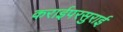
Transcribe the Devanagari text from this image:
कराईपरसुराई